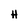
Character: H